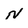
Character: N